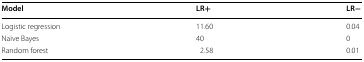
<table><thead><tr><td><b>Model</b></td><td><b>LR+</b></td><td><b>LR−</b></td></tr></thead><tbody><tr><td>Logistic regression</td><td>11.60</td><td>0.04</td></tr><tr><td>Naïve Bayes</td><td>40</td><td>0</td></tr><tr><td>Random forest</td><td>2.58</td><td>0.01</td></tr></tbody></table>